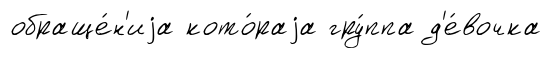
обраще́н'иjа кото́раjа гру́ппа д'е́вочка